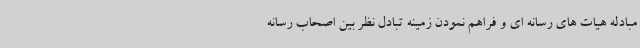
مبادله هیات های رسانه ای و فراهم نمودن زمینه تبادل نظر بین اصحاب رسانه